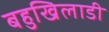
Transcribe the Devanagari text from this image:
बहुखिलाडी